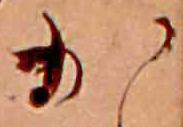
か